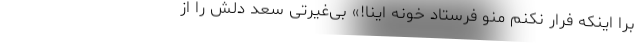
برا اینکه فرار نکنم منو فرستاد خونه اینا!» بی‌غیرتی سعد دلش را از